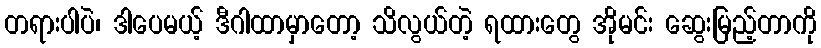
တရားပါပဲ၊ ဒါပေမယ့် ဒီဂါထာမှာတော့ သိလွယ်တဲ့ ရထားတွေ အိုမင်း ဆွေးမြည့်တာကို